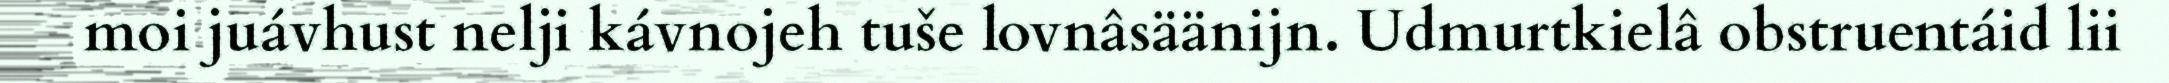
moi juávhust nelji kávnojeh tuše lovnâsäänijn. Udmurtkielâ obstruentáid lii